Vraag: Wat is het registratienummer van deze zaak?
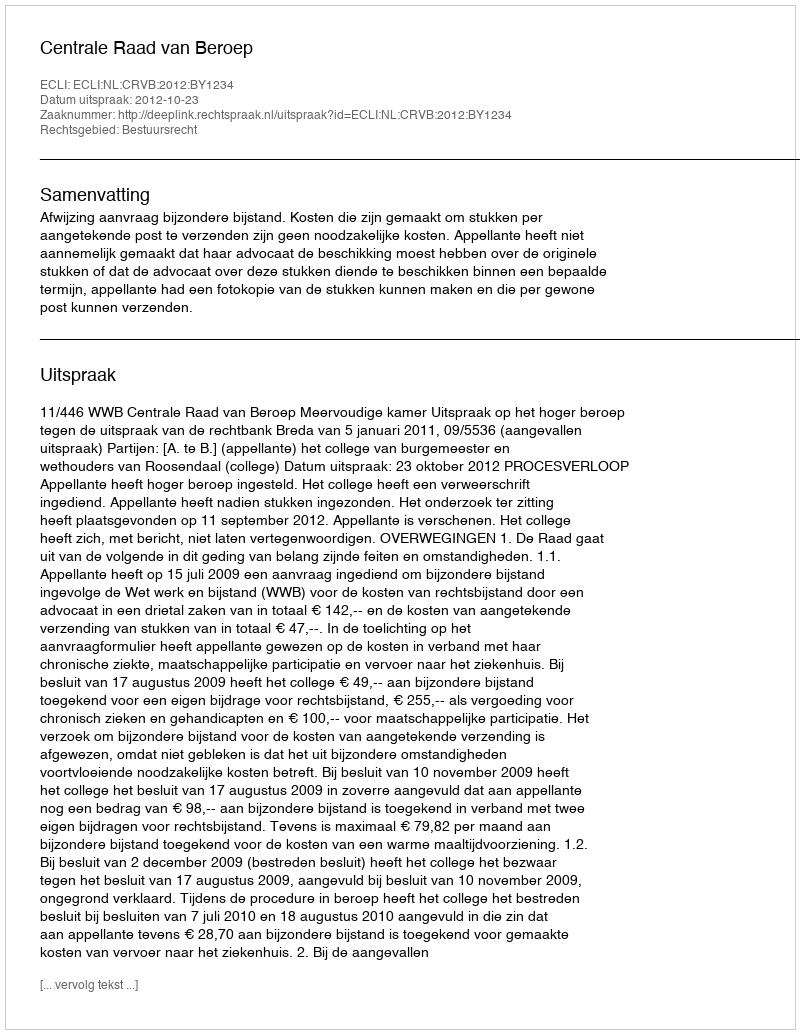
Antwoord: http://deeplink.rechtspraak.nl/uitspraak?id=ECLI:NL:CRVB:2012:BY1234